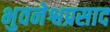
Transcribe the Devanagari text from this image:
भुवनेश्वप्रसाद